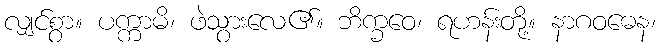
လျှင်စွာ။ ပက္ကာမိ၊ ဖဲသွားလေ၏။ ဘိက္ခဝေ၊ ရဟန်းတို့။ နာဂဝဓေန၊